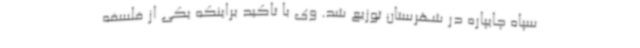
سپاه چایپاره در شهرستان توزیع شد. وی با تاکید براینکه یکی از فلسفه